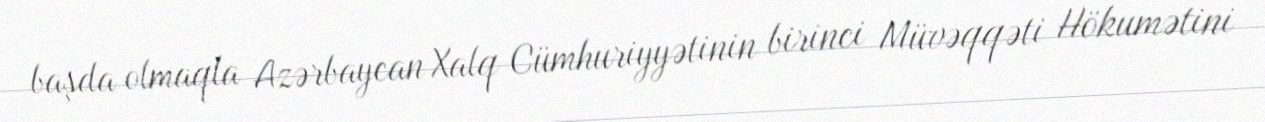
başda olmaqla Azərbaycan Xalq Cümhuriyyətinin birinci Müvəqqəti Hökumətini